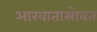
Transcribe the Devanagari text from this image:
आखातासोबत